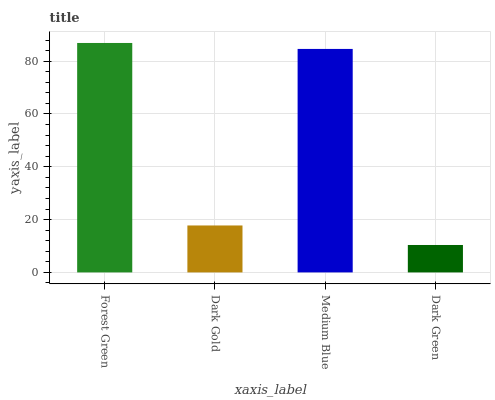
| xaxis_label | bars |
 | --- | --- |
 | Forest Green | 86.9 |
 | Dark Gold | 17.8 |
 | Medium Blue | 84.6 |
 | Dark Green | 10.4 |